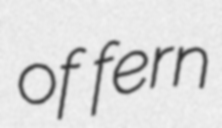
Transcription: of fern